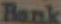
Bank